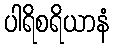
ပါရိစရိယာနံ